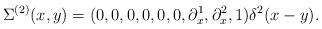
LaTeX: \begin{align*}\Sigma^{(2)}(x,y) = (0,0,0,0,0,0,\partial^1_x,\partial^2_x, 1) \delta^2(x-y).\end{align*}